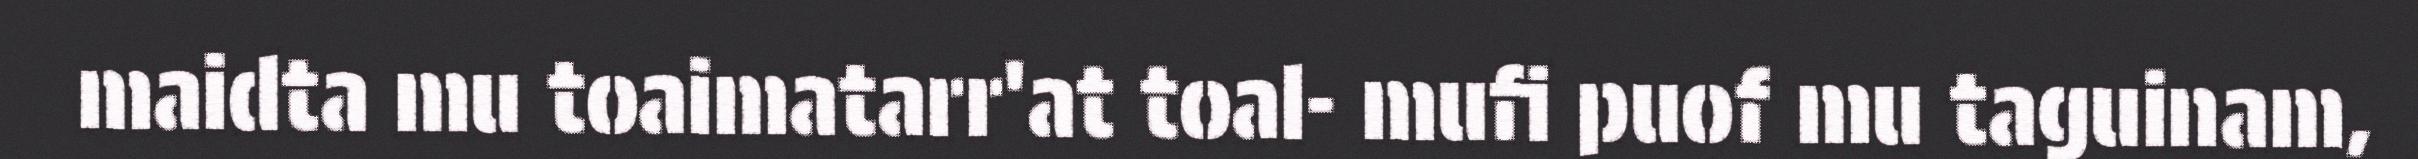
maidta mu toaimatarr'at toal- mufi puof mu taguinam,